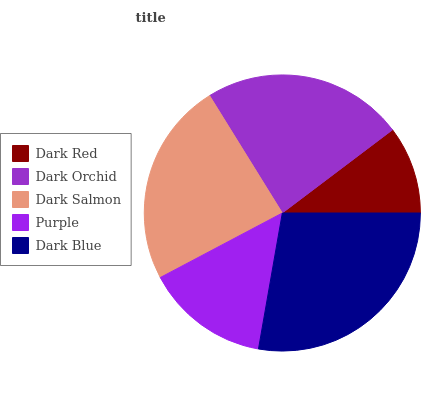
| Dark Red | Dark Orchid | Dark Salmon | Purple | Dark Blue |
 | --- | --- | --- | --- | --- |
 | 10.3% | 23.6% | 23.9% | 14.5% | 27.7% |